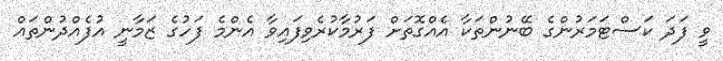
ވީ ފަދަ ކަސްޓަމަރުންގެ ބޭނުންތަކާ އެއްގޮތަށް ފަރުމާކުރެވިފައިވާ އެންމެ ފަހުގެ ޒަމާނީ އުފެއްދުންތައް